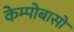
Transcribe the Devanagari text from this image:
केम्पोबासो